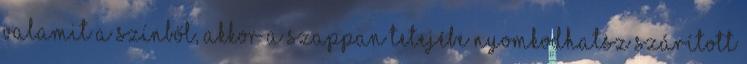
valamit a színből, akkor a szappan tetejébe nyomkodhatsz szárított